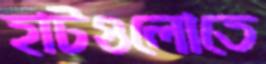
হাটগুলোতে